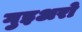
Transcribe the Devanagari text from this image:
गुइअरो